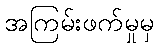
အကြမ်းဖက်မှုမှ